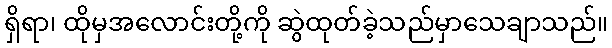
ရှိရာ၊ ထိုမှအလောင်းတို့ကို ဆွဲထုတ်ခဲ့သည်မှာသေချာသည်။